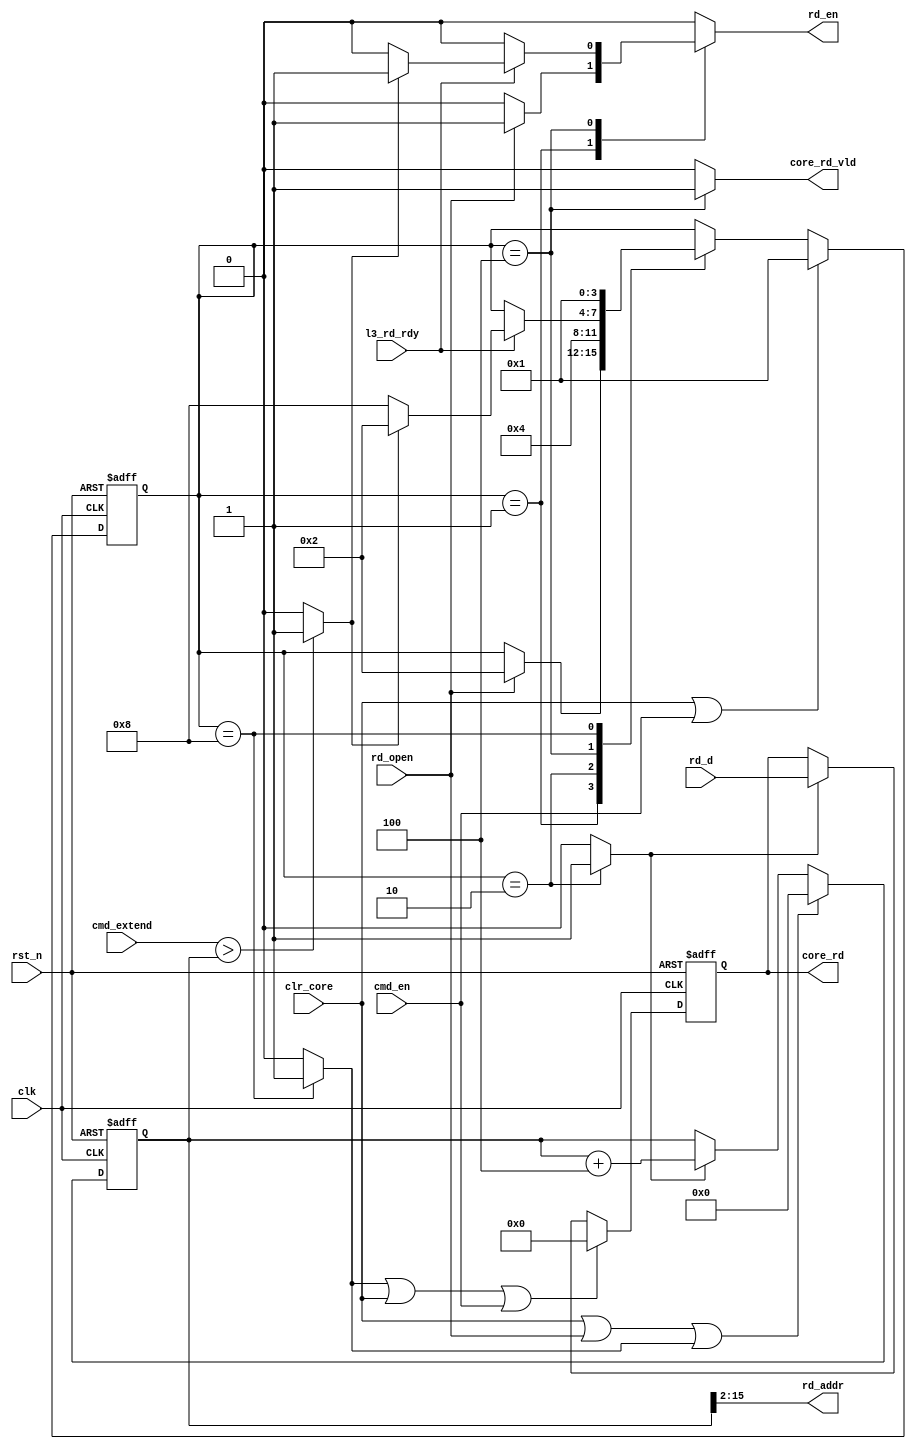
module l3_rd (/*AUTOARG*/
   // Outputs
   core_rd_vld, core_rd, rd_addr, rd_en,
   // Inputs
   clk, rst_n, clr_core, cmd_en, cmd_extend, rd_open, l3_rd_rdy, rd_d
   ) ;
   input           clk, rst_n;
   input           clr_core;
   input           cmd_en;
   input  [15:0]   cmd_extend;
   input           rd_open;

   input           l3_rd_rdy;
   output          core_rd_vld;
   output [31:0]   core_rd;

   input  [31:0]   rd_d;
   output [13:0]   rd_addr;
   output          rd_en;   // For FIFO Control

   reg             core_rd_vld;
   reg             rd_en;
   reg [31:0]      core_rd;
   reg             nxt_data;
   wire [13:0]     rd_addr;

   reg             i_clr;
   reg  [15:0]     cntr;
   wire [15:0]     cntr_nxt;
   wire            run;
   assign cntr_nxt = cntr + 16'd4;
   assign run      = (cmd_extend > cntr) ? 1'b1 : 1'b0;
   assign rd_addr  = cntr[15:2];

   always @ (posedge clk or negedge rst_n) begin
      if(!rst_n) begin
         cntr <= 16'd0;
      end else begin
         if(clr_core | rd_open | i_clr) begin
            cntr <= 16'd0;
         end else if(nxt_data) begin
            cntr <= cntr_nxt;
         end
      end
   end


   always @ (posedge clk or negedge rst_n) begin
      if(!rst_n) begin
         core_rd <= 32'd0;
      end else begin
         if(i_clr | clr_core | cmd_en) begin
            core_rd <= 32'd0;
         end else if(nxt_data) begin
            core_rd <= rd_d;
         end
      end
   end


   localparam IDLE     = 4'b0001;
   localparam RD_DATA  = 4'b0010;
   localparam TX_DATA  = 4'b0100;
   localparam CLEAR    = 4'b1000;

   reg [3:0]       state, state_nxt;

   always @ (posedge clk or negedge rst_n) begin
      if(!rst_n) begin
         state <= IDLE;
      end else begin
         if(clr_core | cmd_en) begin
            state <= IDLE;
         end else begin
            state <= state_nxt;
         end
      end
   end

   always @ (*) begin
      state_nxt    = state;
      core_rd_vld  = 0;
      rd_en        = 0;
      i_clr        = 0;
      nxt_data     = 0;
      case (state)
        IDLE    : begin
           if(rd_open) begin
              state_nxt = RD_DATA;
              rd_en      = 1;
           end
        end
        RD_DATA  : begin
           state_nxt  = TX_DATA;
           nxt_data   = 1;
        end
        TX_DATA  : begin
           core_rd_vld  = 1;
           if(l3_rd_rdy)begin
              if(!run) begin
                 state_nxt = CLEAR;
              end else begin
                 state_nxt = RD_DATA;
                 rd_en      = 1;
              end
           end
        end
        CLEAR    : begin
           i_clr      = 1;
           state_nxt  = IDLE;
        end
      endcase // case (state)
   end

endmodule // l3_rd